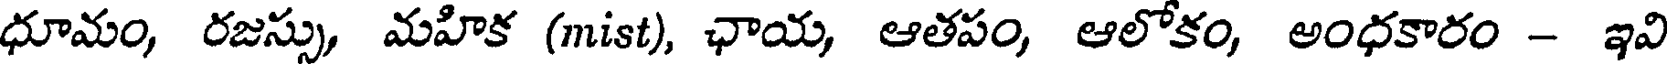
ధూమం, రజస్సు, మహిక (mist), ఛాయ, ఆతపం, ఆలోకం, అంధకారం - ఇవి